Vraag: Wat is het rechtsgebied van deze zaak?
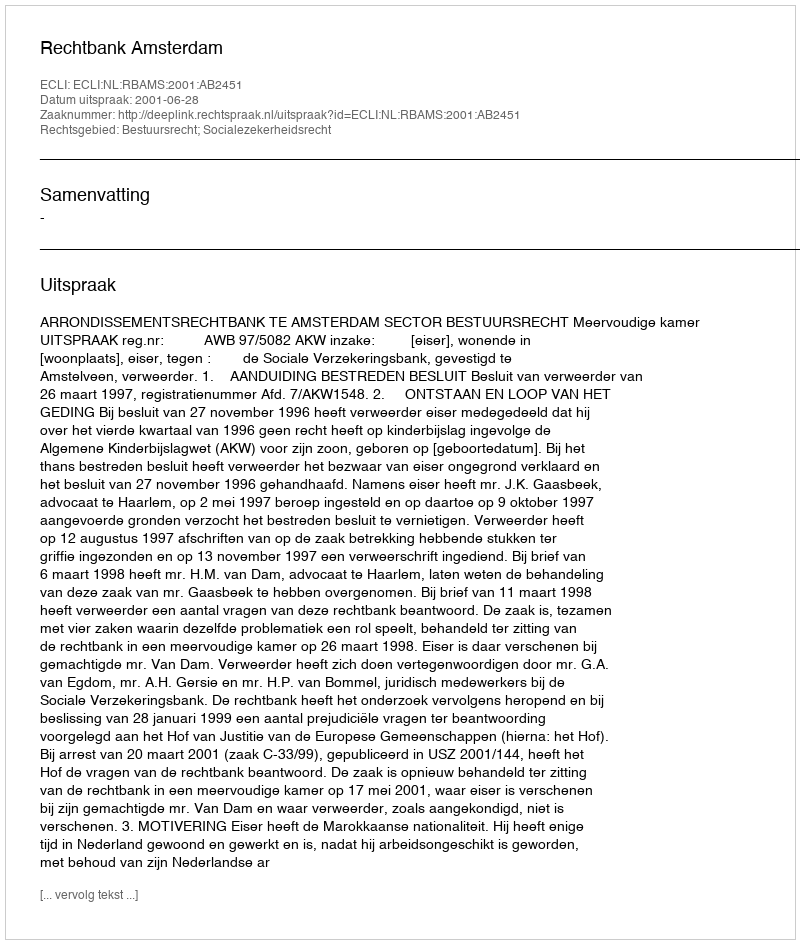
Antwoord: Bestuursrecht; Socialezekerheidsrecht